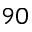
9 0